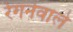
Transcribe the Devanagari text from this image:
रेगनेवाले